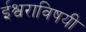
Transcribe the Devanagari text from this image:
ईश्वराविषयी